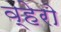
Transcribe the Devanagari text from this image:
व्हेरो